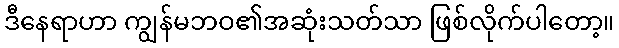
ဒီနေရာဟာ ကျွန်မဘဝ၏အဆုံးသတ်သာ ဖြစ်လိုက်ပါတော့။